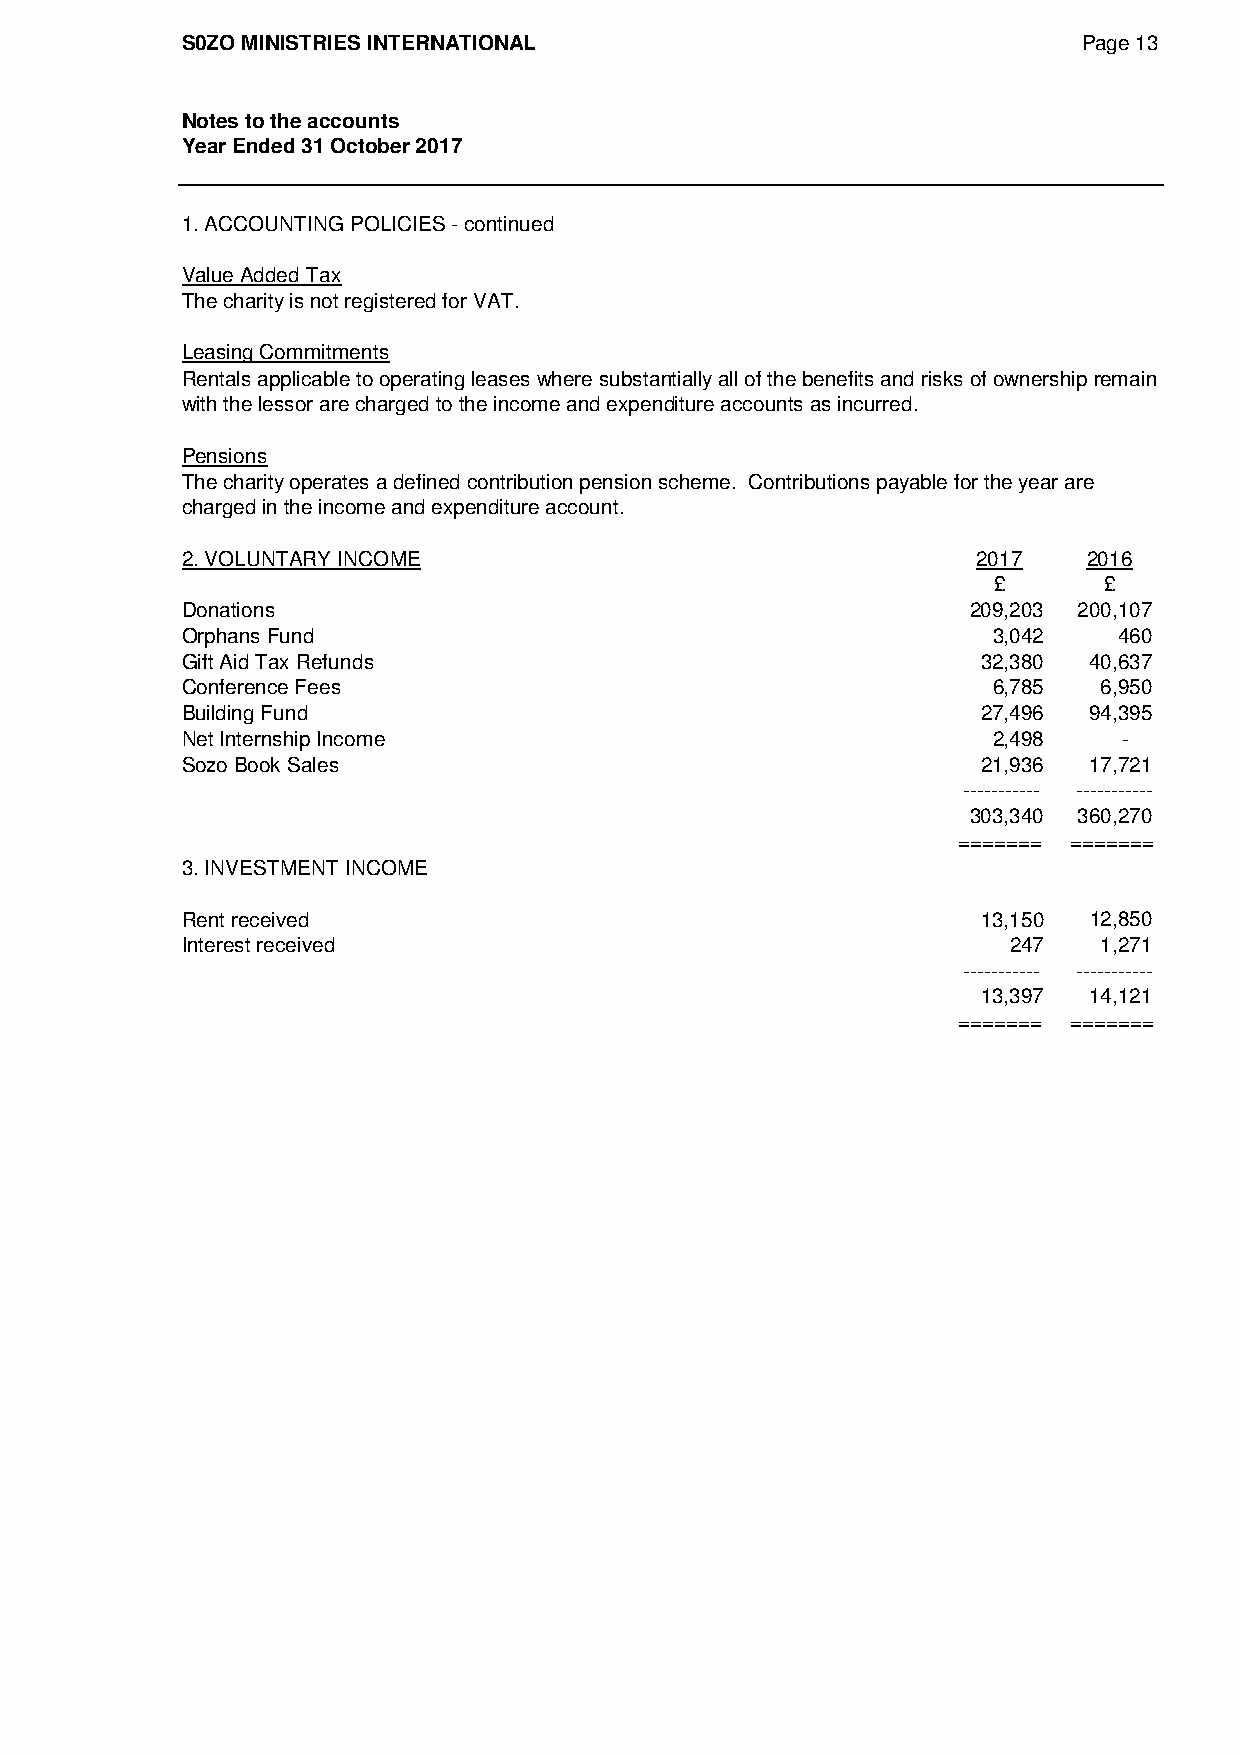
S0ZO MINISTRIES INTERNATIONAL                               Page 13
 Notes to the accounts
 Year Ended 31 October 2017
 1. ACCOUNTING POLICIES - continued
 Value Added Tax
 The charity is not registered for VAT.
 Leasing Commitments
 Rentals applicable to operating leases where substantially all of the benefits and risks of ownership remain
 with the lessor are charged to the income and expenditure accounts as incurred.
 Pensions
 The charity operates a defined contribution pension scheme. Contributions payable for the year are
 charged in the income and expenditure account.
 2. VOLUNTARY INCOME                                  2017   2016
 £      £
 Donations                                           209,203 200,107
 Orphans Fund                                          3,042   460
 Gift Aid Tax Refunds                                 32,380 40,637
 Conference Fees                                       6,785  6,950
 Building Fund                                        27,496 94,395
 Net Internship Income                                 2,498   -
 Sozo Book Sales                                      21,936 17,721
 ----------- -----------
 303,340 360,270
 ======= =======
 3. INVESTMENT INCOME
 Rent received                                        13,150 12,850
 Interest received                                      247   1,271
 ----------- -----------
 13,397 14,121
 ======= =======